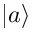
| a \rangle